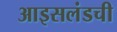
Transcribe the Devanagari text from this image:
आइसलंडची